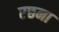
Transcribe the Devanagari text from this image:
रछना